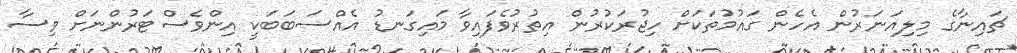
ޗައިނާގެ މިލިއަނަރުން އެހެން ގައުމުތަކަށް ހިޖުރަކުރުން އިތުރުވެފައިވާ މައިގަނޑު އެއްސަބަބަކީ އިންވެސްޓަރުންނަށް ވިސާ